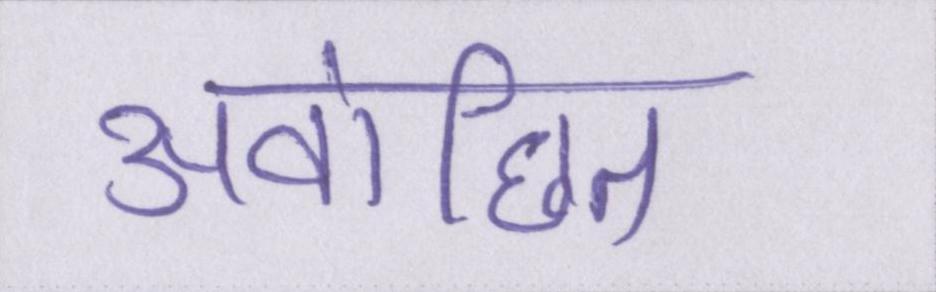
अवांछित